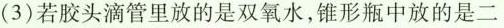
(3)若胶头滴管里放的是双氧水，锥形瓶中放的是二